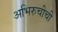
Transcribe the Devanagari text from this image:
अभिरुचीची